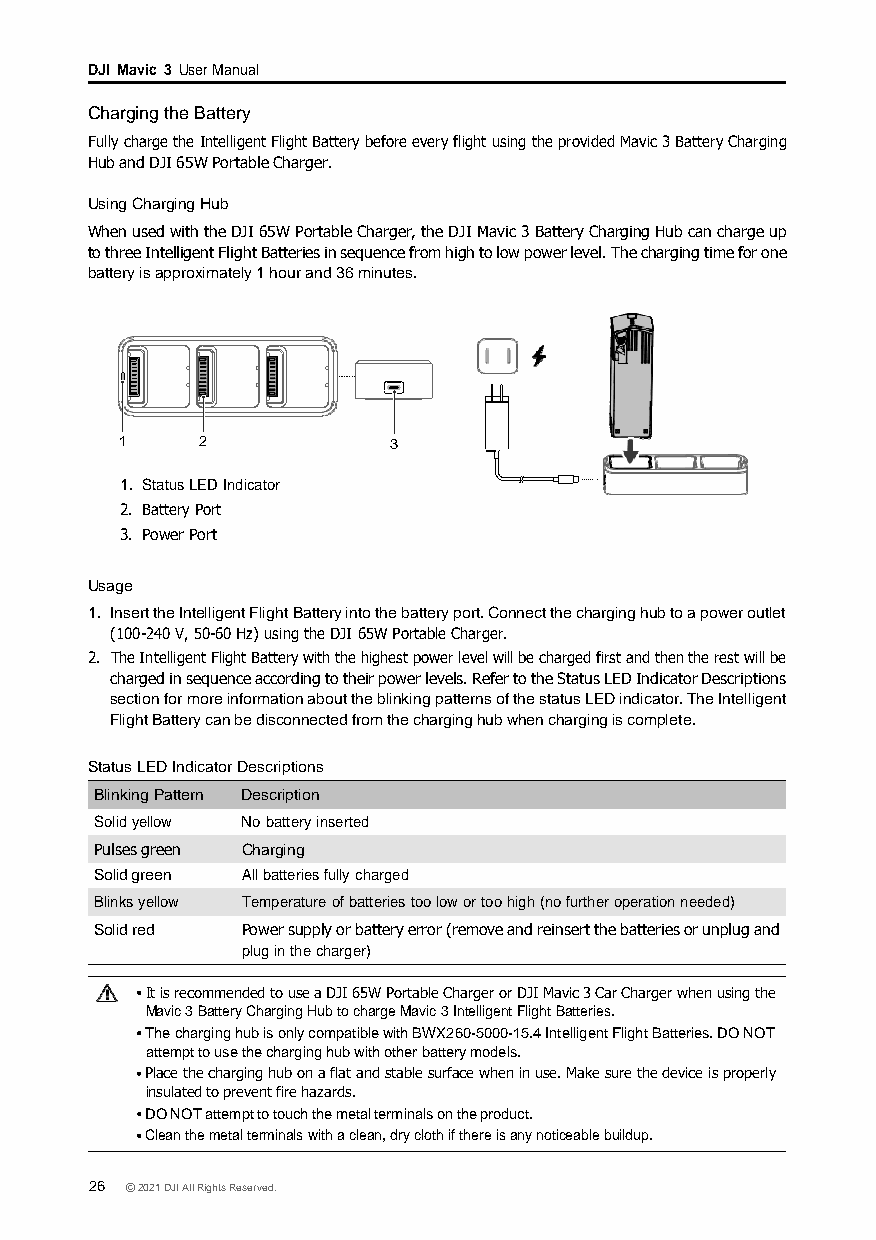
DJI Mavic 3 User Manual
 Charging the Battery
 Fully charge the Intelligent Flight Battery before every flight using the provided Mavic 3 Battery Charging
 Hub and DJI 65W Portable Charger.
 Using Charging Hub
 When used with the DJI 65W Portable Charger, the DJI Mavic 3 Battery Charging Hub can charge up
 to three Intelligent Flight Batteries in sequence from high to low power level. The charging time for one
 battery is approximately 1 hour and 36 minutes.
 1    2            3
 1. Status LED Indicator
 2. Battery Port
 3. Power Port
 Usage
 1. Insert the Intelligent Flight Battery into the battery port. Connect the charging hub to a power outlet
 (100-240 V, 50-60 Hz) using the DJI 65W Portable Charger.
 2. The Intelligent Flight Battery with the highest power level will be charged first and then the rest will be
 charged in sequence according to their power levels. Refer to the Status LED Indicator Descriptions
 section for more information about the blinking patterns of the status LED indicator. The Intelligent
 Flight Battery can be disconnected from the charging hub when charging is complete.
 Status LED Indicator Descriptions
 Blinking Pattern Description
 Solid yellow No battery inserted
 Pulses green Charging
 Solid green All batteries fully charged
 Blinks yellow Temperature of batteries too low or too high (no further operation needed)
 Solid red Power supply or battery error (remove and reinsert the batteries or unplug and
 plug in the charger)
 It is recommended to use a DJI 65W Portable Charger or DJI Mavic 3 Car Charger when using the
 Mavic 3 Battery Charging Hub to charge Mavic 3 Intelligent Flight Batteries.
 The charging hub is only compatible with BWX260-5000-15.4 Intelligent Flight Batteries. DO NOT
 attempt to use the charging hub with other battery models.
 Place the charging hub on a flat and stable surface when in use. Make sure the device is properly
 insulated to prevent fire hazards.
 DO NOT attempt to touch the metal terminals on the product.
 Clean the metal terminals with a clean, dry cloth if there is any noticeable buildup.
 26 © 2021 DJI All Rights Reserved.